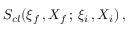
\: S _ { c l } ( \xi _ { f } \, , X _ { f } \, ; \, \xi _ { i } \, , X _ { i } ) \, , \: